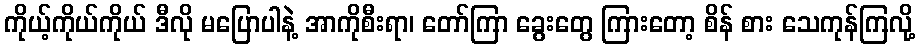
ကိုယ့်ကိုယ်ကိုယ် ဒီလို မပြောပါနဲ့ အာကိုစီးရာ၊ တော်ကြာ ခွေးတွေ ကြားတော့ စိန် စား သေကုန်ကြလို့